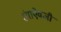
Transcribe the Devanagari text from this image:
रंगाऐवजी